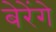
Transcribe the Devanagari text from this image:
बेरेंगे